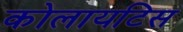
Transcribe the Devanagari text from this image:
कोलायटिस